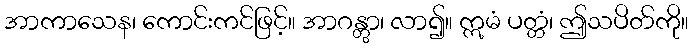
အာကာသေန၊ ကောင်းကင်ဖြင့်။ အာဂန္တွာ၊ လာ၍။ ဣမံ ပတ္တံ၊ ဤသပိတ်ကို။